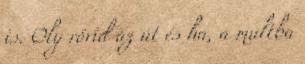
is. Oly rövid az út és ha, a multba